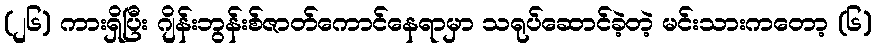
(၂၆) ကားရှိပြီး ဂျိန်းဘွန်းစ်ဇာတ်ကောင်နေရာမှာ သရုပ်ဆောင်ခဲ့တဲ့ မင်းသားကတော့ (၆)